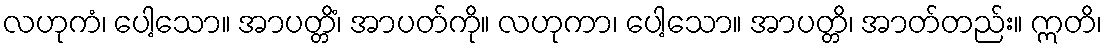
လဟုကံ၊ ပေါ့သော။ အာပတ္တိံ၊ အာပတ်ကို။ လဟုကာ၊ ပေါ့သော။ အာပတ္တိ၊ အာတ်တည်း။ ဣတိ၊